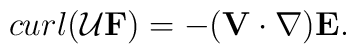
curl({\cal U}{\bf F})=-({\bf V}\cdot\nabla){\bf E}.